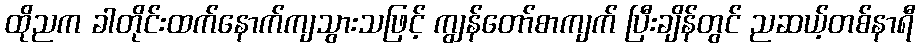
ထိုညက ခါတိုင်းထက်နောက်ကျသွားသဖြင့် ကျွန်တော်စာကျက် ပြီးချိန်တွင် ညဆယ့်တစ်နာရီ